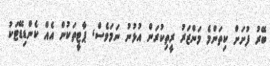
ބޭރު ފުށަށް ކިތަންމެ މަންޒަރު ރީތިކުރަން އުޅުނު ނަމަވެސް